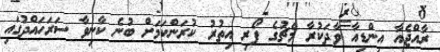
ރާއްޖެއާ އިންޑިއާ ވާދަކުރާ މެޗުގެ ފޯރި އިތުރު ކުރަންކަމަށް ބުނެ ކާނިވާ ސަރަހައްދުގައި